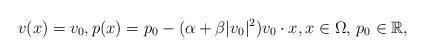
LaTeX: \begin{align*}v(x)=v_0,p(x)=p_0-(\alpha+\beta|v_0|^2)v_0\cdot x,x\in\Omega,\,p_0\in\mathbb{R},\end{align*}